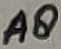
Text: A8